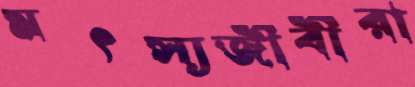
মৎস্যজীবীরা